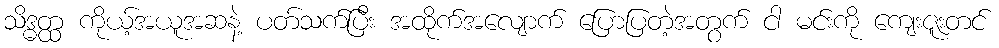
သိဒ္ဓတ္ထ ကိုယ့်အယူအဆနဲ့ ပတ်သက်ပြီး အထိုက်အလျောက် ပြောပြတဲ့အတွက် ငါ မင်းကို ကျေးဇူးတင်